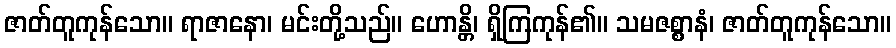
ဇာတ်တူကုန်သော။ ရာဇာနော၊ မင်းတို့သည်။ ဟောန္တိ၊ ရှိကြကုန်၏။ သမဇစ္စာနံ၊ ဇာတ်တူကုန်သော။